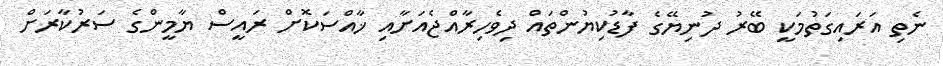
ނެތި އަރައިގަތުމަކީ ބޭރު ދުނިޔޭގެ ފާޑުކިޔުންތައް ދިވެހިރާއްޖެއަށާއި ޚާއްސަކޮށް ރައީސް ޔާމީންގެ ސަރުކާރަށް